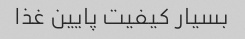
بسیار کیفیت پایین غذا